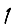
Digit: 1